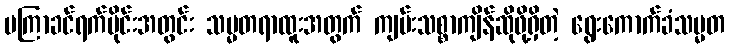
မကြာခင်ရက်ပိုင်းအတွင်း သမ္မတရာထူးအတွက် ကျမ်းသစ္စာကျိန်ဆိုဖို့ရှိတဲ့ ရွေးကောက်ခံသမ္မတ